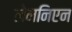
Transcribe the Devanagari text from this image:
लेमनिएन